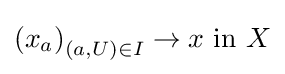
\left(x_{a}\right)_{(a,U)\in I}\to x{\text{ in }}X